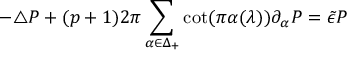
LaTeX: - \triangle P + ( p + 1 ) 2 \pi \sum _ { \alpha \in \Delta _ { + } } \cot ( \pi \alpha ( \lambda ) ) \partial _ { \alpha } P = \tilde { \epsilon } P